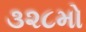
૩૨૮મો